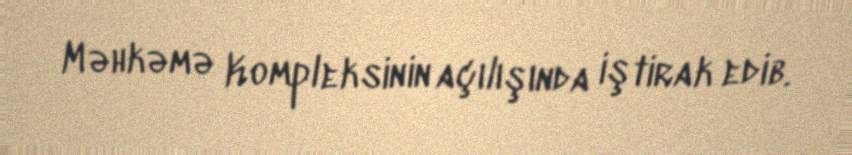
Məhkəmə Kompleksinin açılışında iştirak edib.